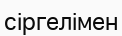
сіргелімен